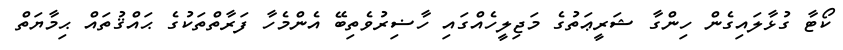
ކޯޓާ ގުޅާލައިގެން ހިންގާ ޝަރީޢަތުގެ މަޖިލީހެއްގައި ހާޟިރުވެތިބޭ އެންމެހާ ފަރާތްތަކުގެ ޙައްޤުތައް ޙިމާޔަތް